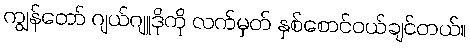
ကျွန်တော် ဂျယ်ဂျူဒိုကို လက်မှတ် နှစ်စောင်ဝယ်ချင်တယ်။